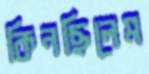
কিনছিলেম